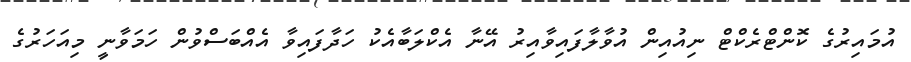
އުމައިރުގެ ކޮންޓްރެކްޓް ނިއުއިން އުވާލާފައިވާއިރު އޭނާ އެކްލަބާއެކު ހަދާފައިވާ އެއްބަސްވުން ހަމަވާނީ މިއަހަރުގެ